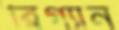
রিগ্যান